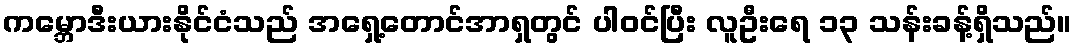
ကမ္ဘောဒီးယားနိုင်ငံသည် အရှေ့တောင်အာရှတွင် ပါဝင်ပြီး လူဦးရေ ၁၃ သန်းခန့်ရှိသည်။